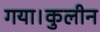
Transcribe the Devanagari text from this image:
गया।कुलीन